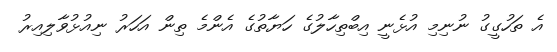
އެ ތަހުގީގު ނުނިމި އުޅެނީ އިބްތިހާލުގެ ހަޔާތުގެ އެންމެ ތިން އަހަރު ނިއުޅުވާލިއިރު